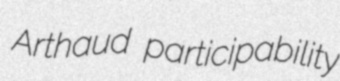
Arthaud participability